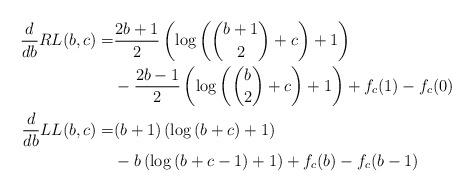
LaTeX: \begin{align*} \frac{d}{db} RL(b,c) =&\frac{2b+1}{2}\left( \log\left(\binom{b+1}{2} +c \right)+1\right)\\&-\frac{2b-1}{2}\left( \log\left(\binom{b}{2} +c \right)+1\right)+f_c(1)-f_c(0)\\ \frac{d}{db} LL(b,c) =&(b+1)\left( \log\left(b+c \right)+1\right)\\&-b\left( \log\left(b+c-1 \right)+1\right)+f_c(b)-f_c(b-1) \end{align*}